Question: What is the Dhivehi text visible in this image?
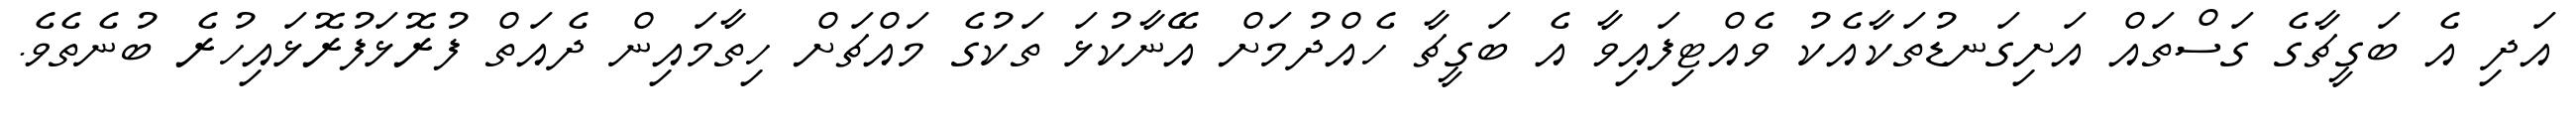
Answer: އަދި އެ ބަގީޗާގެ ގަސްތައް އަށިގަނޑުތަކާއެކު ވެއްޓިފައިވާ އެ ބަގީޗާ ހެއްދުމަށް އޭނާކުޅަ ތަކުގެ މައްޗަށް ހިތާމައިން ދެއަތް ފުރޮޅަފުރޮޅައިހުރެ ބުނެތެވެ.